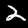
Label: 2